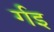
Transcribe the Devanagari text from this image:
र्गइ